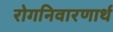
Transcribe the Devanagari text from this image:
रोगनिवारणार्थ